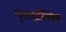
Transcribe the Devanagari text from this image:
पुराताक्त्विक